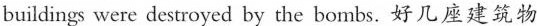
buildings were destroyed by the bombs,好几座建筑物